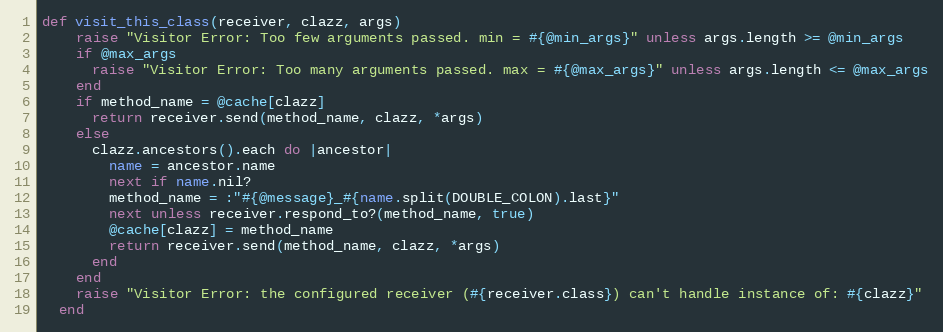
Language: Ruby
def visit_this_class(receiver, clazz, args)
    raise "Visitor Error: Too few arguments passed. min = #{@min_args}" unless args.length >= @min_args
    if @max_args
      raise "Visitor Error: Too many arguments passed. max = #{@max_args}" unless args.length <= @max_args
    end
    if method_name = @cache[clazz]
      return receiver.send(method_name, clazz, *args)
    else
      clazz.ancestors().each do |ancestor|
        name = ancestor.name
        next if name.nil?
        method_name = :"#{@message}_#{name.split(DOUBLE_COLON).last}"
        next unless receiver.respond_to?(method_name, true)
        @cache[clazz] = method_name
        return receiver.send(method_name, clazz, *args)
      end
    end
    raise "Visitor Error: the configured receiver (#{receiver.class}) can't handle instance of: #{clazz}"
  end